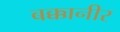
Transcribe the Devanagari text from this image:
बक्कानीर